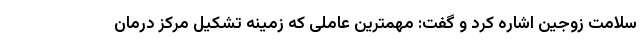
سلامت زوجین اشاره کرد و گفت: مهمترین عاملی که زمینه تشکیل مرکز درمان